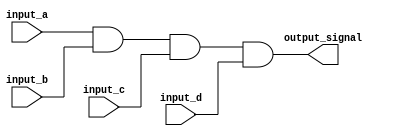
module four_input_AND_gate (
    input input_a,
    input input_b,
    input input_c,
    input input_d,
    output output_signal
);

assign output_signal = input_a & input_b & input_c & input_d;

endmodule